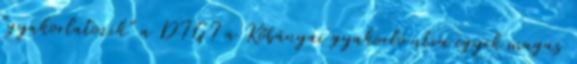
"gyakorlatozik" a DIGI a Kőbányai gyakorló utca egyik magas